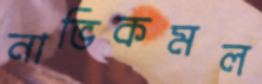
নাভিকমল